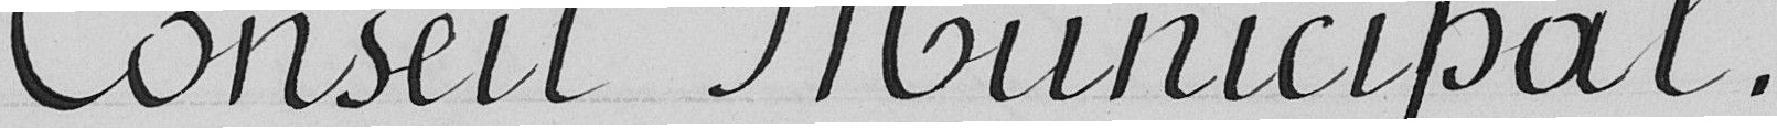
Conseil Municipal